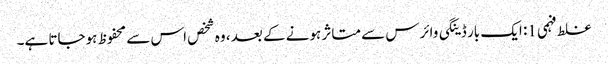
غلط فہمی 1: ایک بار ڈینگی وائرس سے متاثر ہونے کے بعد ، وہ شخص اس سے محفوظ ہوجاتا ہے۔